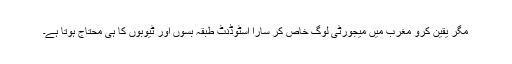
مگر یقین کرو مغرب میں میجورٹی لوگ خاص کر سارا اسٹوڈنٹ طبقہ بسوں اور ٹیوبوں کا ہی محتاج ہوتا ہے۔